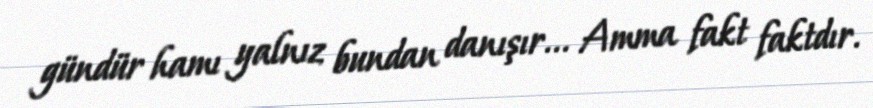
gündür hamı yalnız bundan danışır... Amma fakt faktdır.